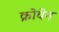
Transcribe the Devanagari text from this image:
क्रोवेन